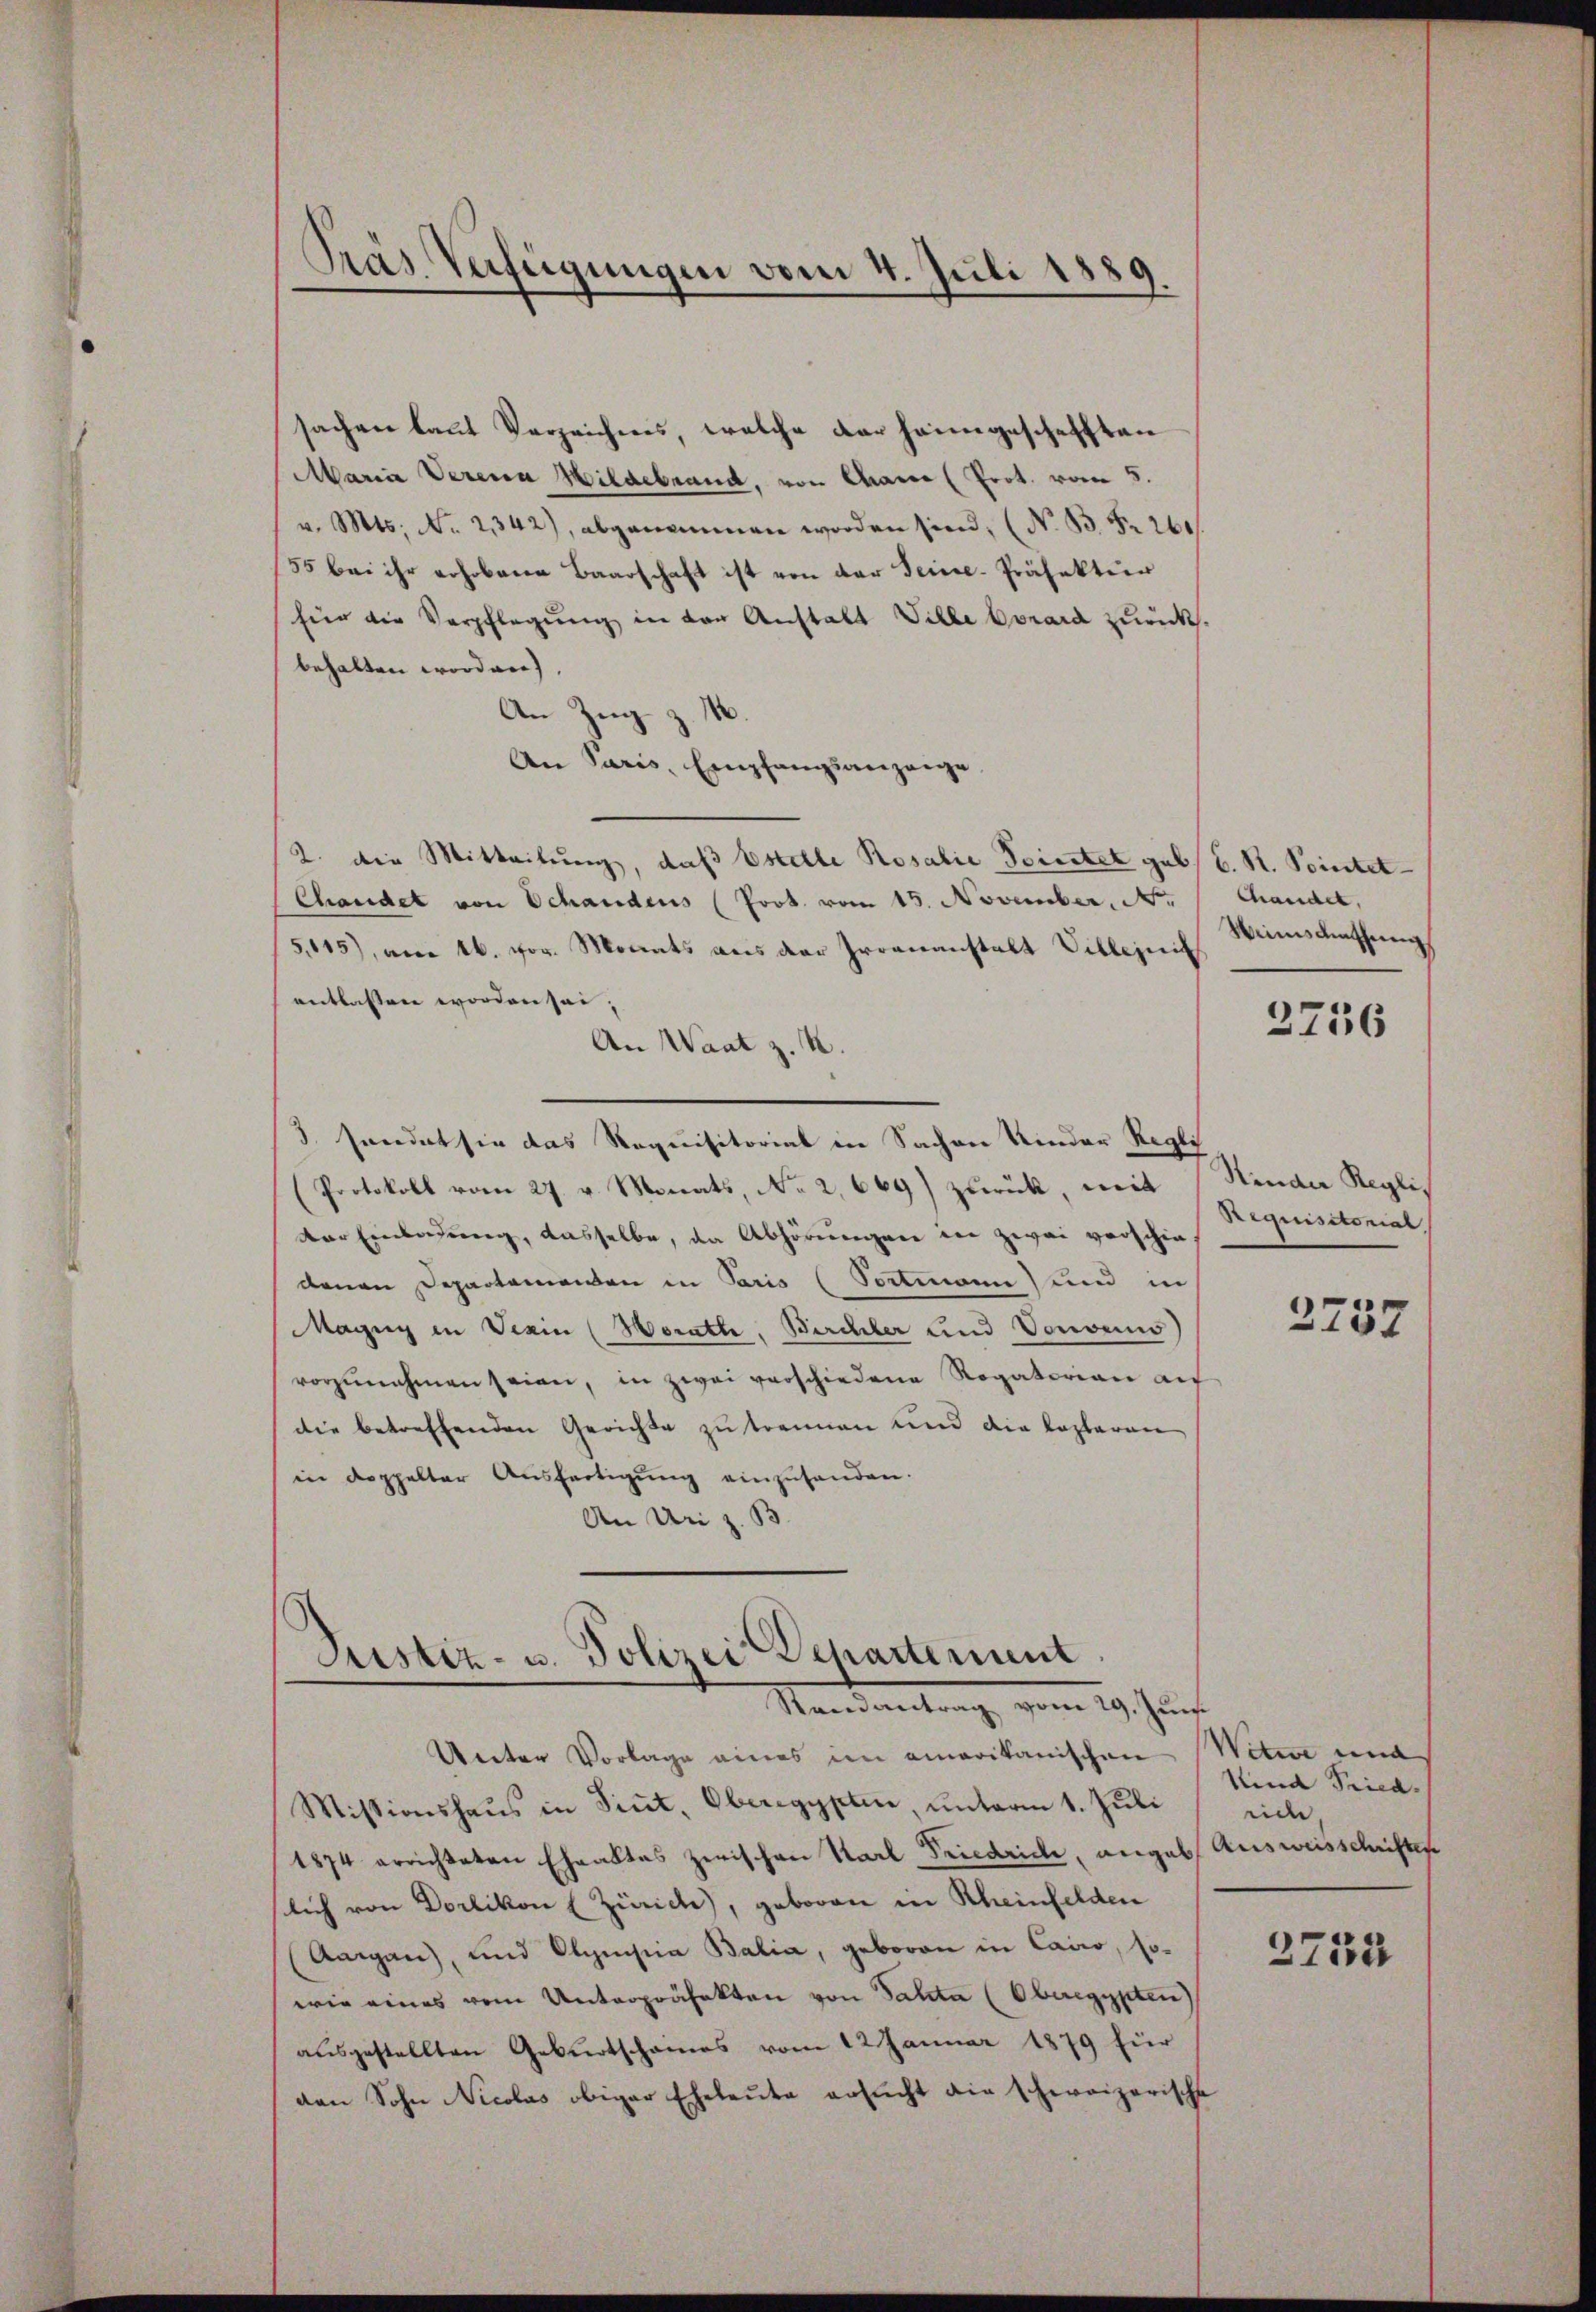
sachen laut Verzeichnes, welche der heimgeschafften
Maria Verena Hildebrand, von Chanc (Prot. vom 5.
v. Mts. No. 21342), abgenommen worden sind; (N. B. Fr. 260
55 bei ihr erhobene Baarschaft ist von der Teice-Präfektion
für die Verpflegung in der Anstalt Ville bonard zurücks.
behalten worden),
An Zug z. N
An Paris, Empfangsanzeige
2. Die Mitteilŭng, daβ Estelle Rosalie Teinstet geb. C. R. Pointet¬
Chandet von Schandens (Prot. vom 15. November, No. / Chandet,
5,115), am 16. vor. Monats aus der Irrenanstalt Villezeit
entlassen worden sei.
An Waat z. B.
3. sendet sie das Requisitorial in Sachen Kinder Regli
Protokoll vom 27. v. Monats, No 2,669) zurück, mit
der Einladŭng, dasselbe, da Abhörungen in zwei verschie-
denen Departemenden in Paris (Tortmann und in
Magny in Verin (Horath, Birchler und Vonoeno
vorzŭnahmen seien, in zwei verschiedene Rogatorian auf
die betreffenden Gerichte zu trennen und die Kaplaren
in doppelter Aŭsfertigŭng einzuhanden.
An Uri z. B.

Präs. Verfügungen vom 4. Juli 1889.

Justiz- u. Polizei Departement
Randantrag vom 29. Jun.

Unter Vorlage eines im emarikanischen Witwe und
Missionshaus in Sint. Oberegypten, unterm 1. Juli
1874 errichteten Ehraktes zwischen Karl Friedrich, angel Ausweisschriften
slich von Dorlikon (Zürich), geboren in Rheinfelden
(Aargau, und Alpensiia Balia, geboren in Cairo, so-
wie eines vom Unterpräfekten von Fahta (Oberegypten
ausgestellten Geburtscheines vom 12 Januar 1879 für
den Sohn Nicolas obiger Eheleute ersucht die schweizerische

Weinschaffung

3756

Stinder Reglic
Requisitorial

2737

Kind Pried.
eide,
2734